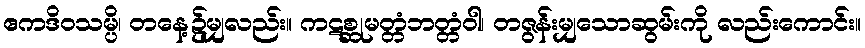
ဧကဒိဝသမ္ပိ၊ တနေ့၌မျှလည်း။ ကဋစ္ဆုမတ္တံဘတ္တံဝါ၊ တဇွန်းမျှသောဆွမ်းကို လည်းကောင်း။